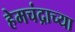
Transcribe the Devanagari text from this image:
हेमचंद्राच्या